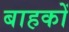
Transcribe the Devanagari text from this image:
बाहकों